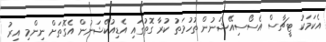
އެކަމަކު ޓީޗާސް އެސޯސިއޭޝަނުން ތުހުމަތު ކުރާ ގޮތުގައި އެޑިއުކޭޝަނުން އެގޮތަށް ނިންމި އިރު